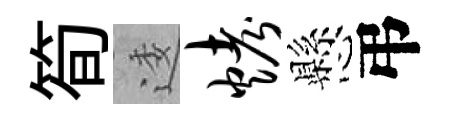
筍逶烤懸弔